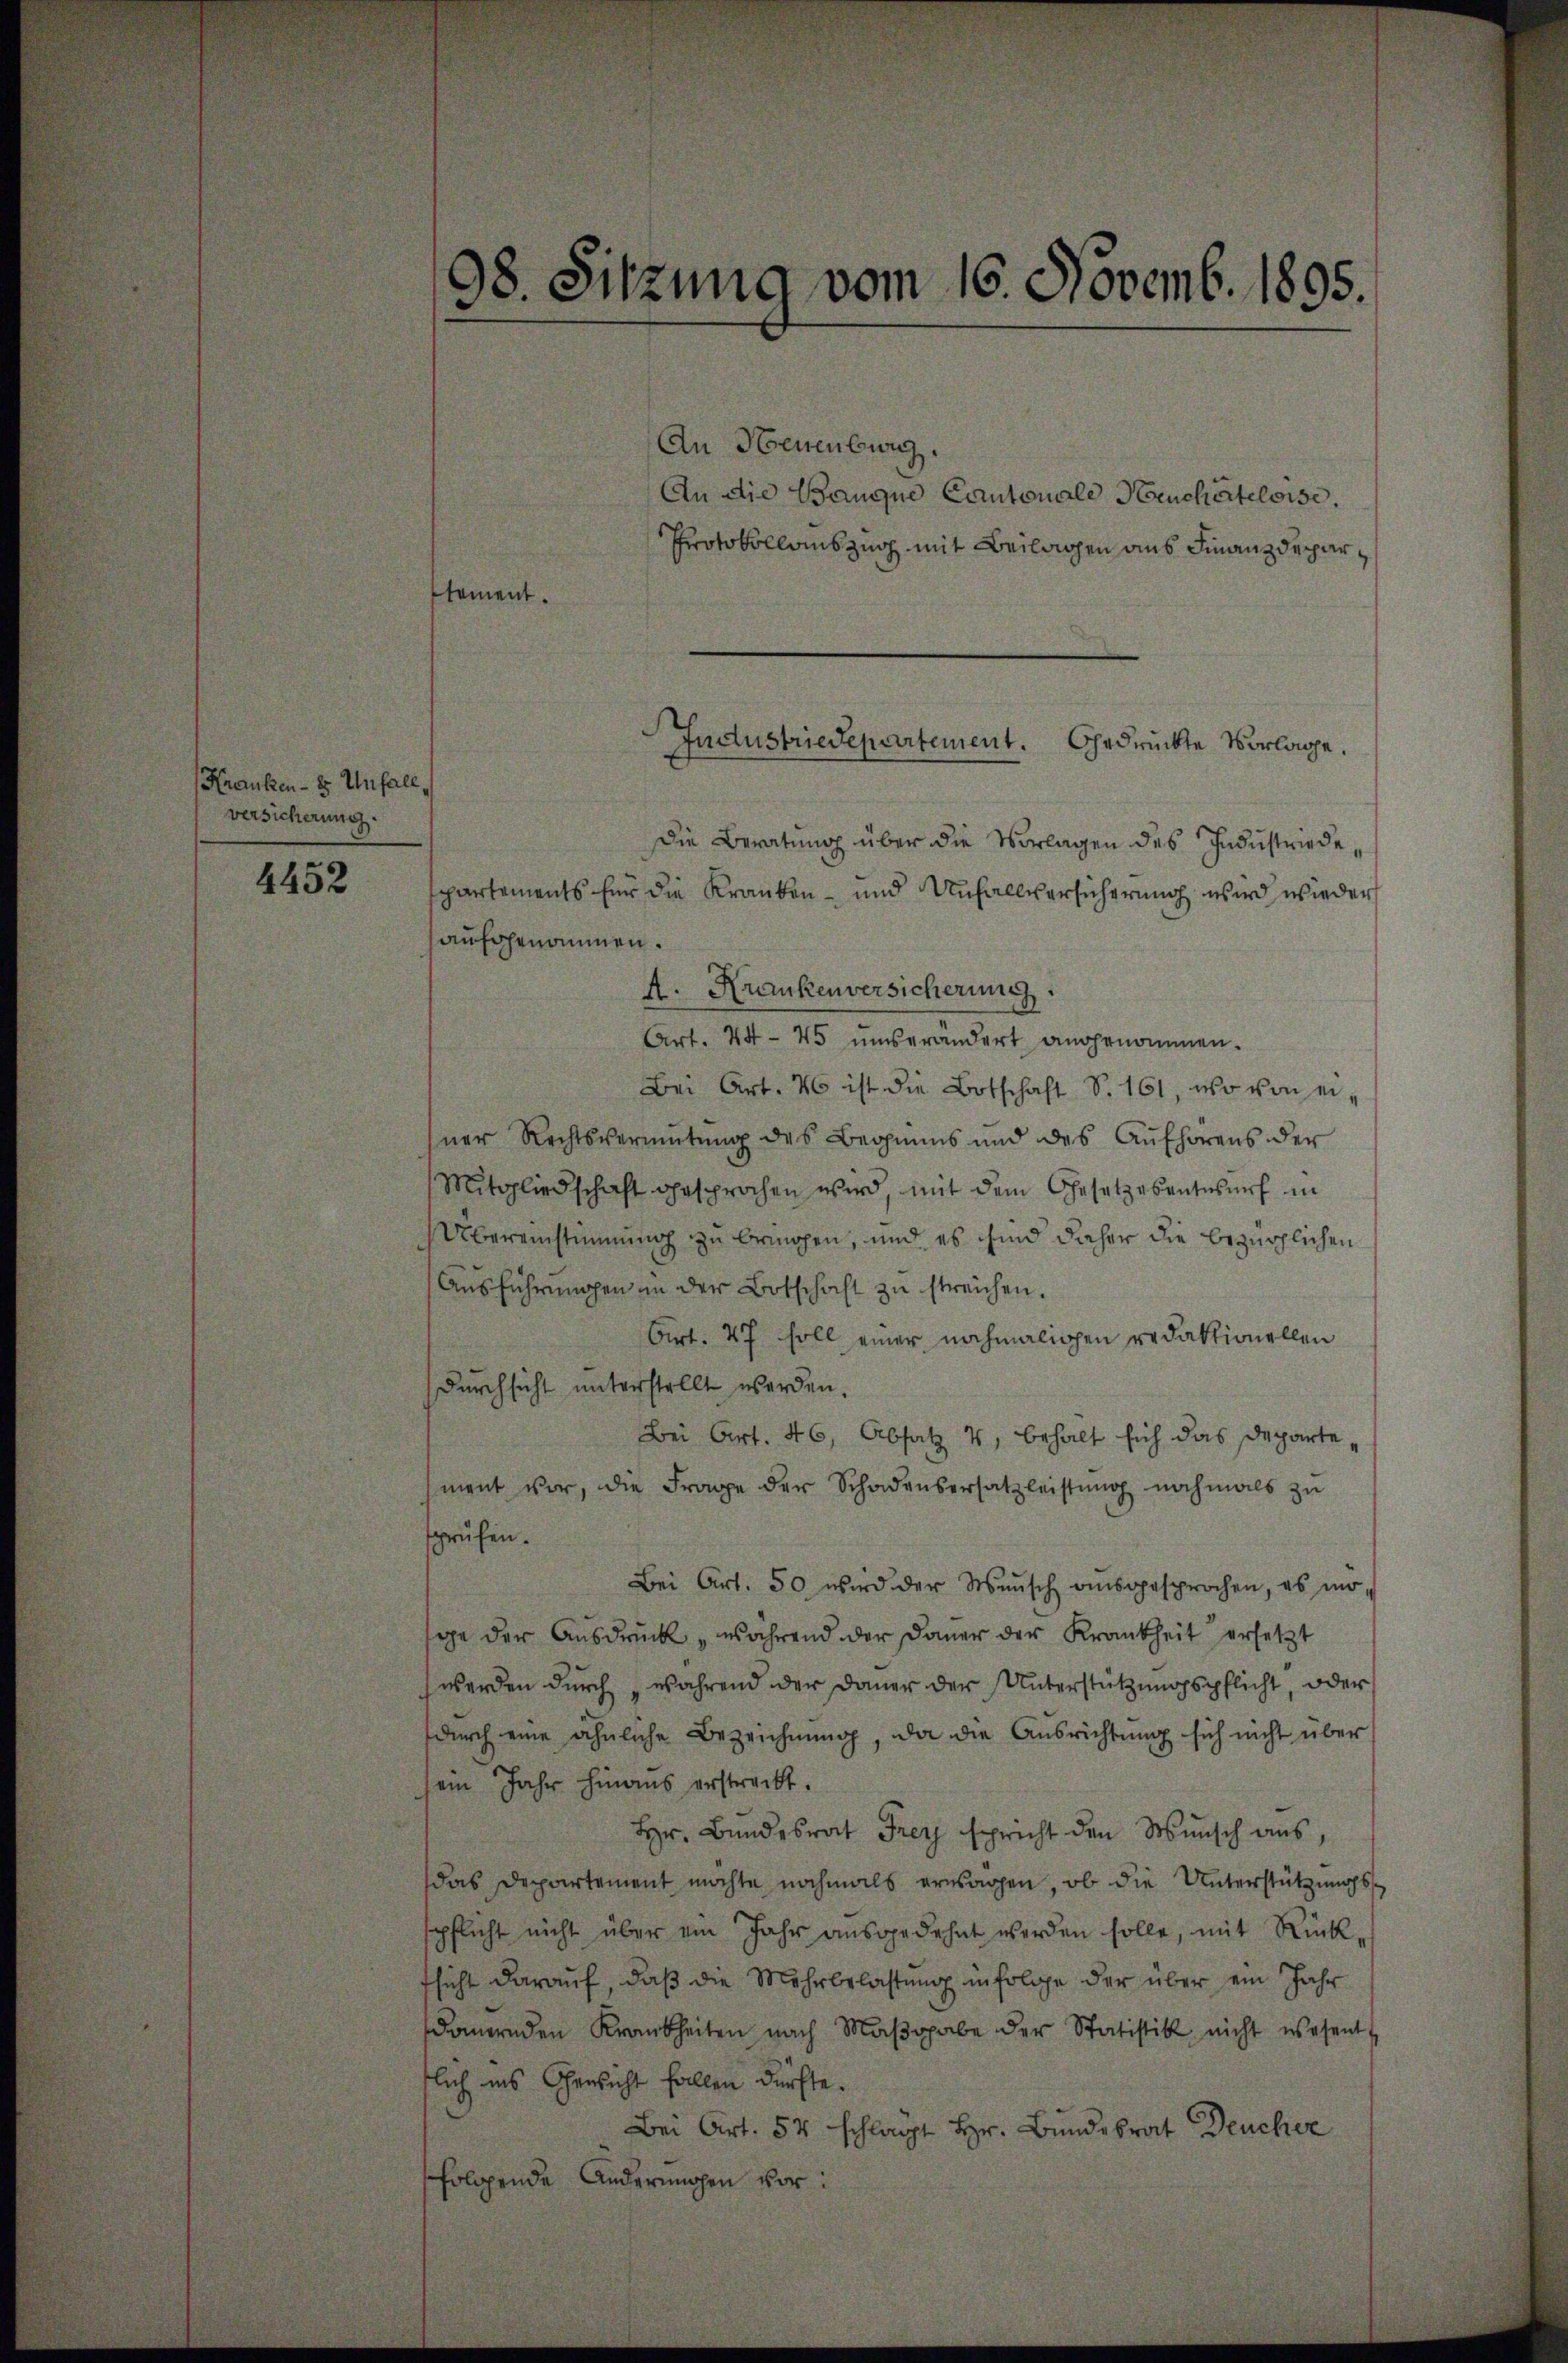
Kranken - 8 Unfall
versicherung

4452

tement.

98. Sitzung vom 16. Novemb. 1895.

An Neuenburg.
An die Banque Cantonale Heuchâteloise.
Protokollauszug mit Beilagen aus Finanzdepar¬

Industriedepartement. Gedrückte Vorlage.

Die Beratung über die Vorlagen des Industriedepartements für die Kranken- und Unfallversicherung wird wieder
aufgenommen.
A. Krankenversicherung
Art. 44 - 45 ŭmserändert angenommen.
Bei Art. 40 ist die Botschaft S. 161, wo von eihner Rechtsvermutung des Beginns und des Aŭfhörens der
Mitgliedschaft gesprochen wird, mit dem Gesetzesentwurf in
Übereinstimmung zu bringen, und es sind daher die bezüglichen
Ausführungen in der Botschaft zu streichen.
Art. 47 soll einer nochmaligen redaktionellen
Durchsicht unterstellt werden.
Bei Art. 46, Absatz 4, behalt sich das Departement vor, die Frage der Schadensersatzleistung nochmals zu
sprüfen.
Bei Art. 50 wird der Wŭnsch aŭsgesprochen, es mir,
ge der Ausdruck, während der Dauer der Krankheit ersetzt
werden durch während der Dauer der Unterstützungspflicht, oder
durch eine ähnliche Bezeichnung, da die Ausrichtung sich nicht übers
sein Jahr hinaus erstreckt.
Hr. Bundesrat Frey spricht den Wunsch aus,
das Departement möchte nochmals erwagen, ob die Unterstützungss
spflicht nicht über ein Jahr aŭsgedehnt werden solle, mit Rück-
fsicht darauf, daß die Mehrbelastung infolge der über ein Jahr
dauernden Krankheiten nach Maβgabe der Statistik nicht wesent
flich ins Gericht fallen dürfte.
Bei Art. 54 schlagt Hr. Bundesrat Deucher
folgende Andernnchen vor: